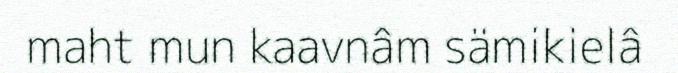
maht mun kaavnâm sämikielâ